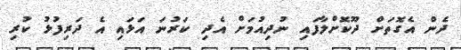
ދެން އެގޮތަށް ދޫކޮށްލާފައި ނުދިއުމަށް އެދި ކަރުނަ އަޅައި އެ ދަރިފުޅު ކުރި